Sketch of the medical history of the native army of Bombay, for the year
Year: 1875
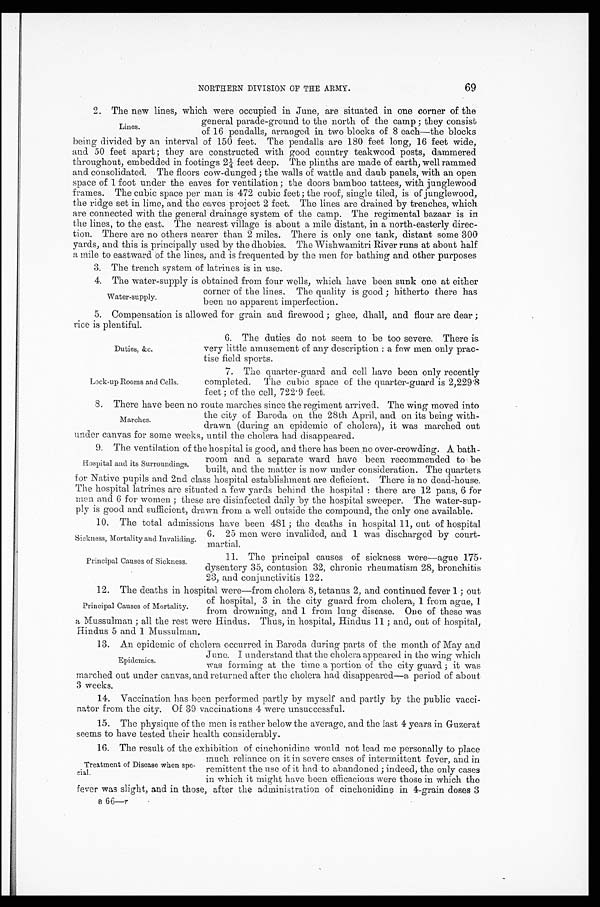
Duties, &c.
Lock-up Rooms and Cells.
NORTHERN DIVISION OF THE ARMY.
69
2. The new lines, which were occupied in June, are situated in one corner of the
general parade-ground to the north of the camp ; they consist
of 16 pendalls, arranged in two blocks of 8 each—the blocks
being divided by an interval of 150 feet. The pendalls are 180 feet long, 16 feet wide,
and 50 feet apart ; they are constructed with good country teakwood posts, dammered
throughout, embedded in footings 2¼ feet deep. The plinths are made of earth, well rammed
and consolidated. The floors cow-dunged ; the walls of wattle and daub panels, with an open
space of 1 foot under the eaves for ventilation ; the doors bamboo tattees, with junglewood
frames. The cubic space per man is 472 cubic feet ; the roof, single tiled, is of junglewood,
the ridge set in lime, and the eaves project 2 feet. The lines are drained by trenches, which
are connected with the general drainage system of the camp. The regimental bazaar is in
the lines, to the east. The nearest village is about a mile distant, in a north-easterly direc-
tion. There are no others nearer than 2 miles. There is only one tank, distant some 300
yards, and this is principally used by the dhobies. The Wishwamitri River runs at about half
a mile to eastward of the lines, and is frequented by the men for bathing and other purposes
3. The trench system of latrines is in use.
4 . T h e w a t e r - s u p p l y i s o b t a i n e d f r o m f o u r w e l l s , w h i c h h a v e b e e n s u n k o n e a t e i t h e r
corner of the lines. The quality is good ; hitherto there has
been no apparent imperfection.
5. Compensation is allowed for grain and firewood ; ghee, dhall, and flour are dear ;
rice is plentiful.
Lines.
Water-supply.
6. The duties do not seem to be too severe. There is
very little amusement of any description : a few men only prac
-tise field sports.
7. The quarter-guard and cell have been only recently
completed. The cubic space of the quarter-guard is 2,229.8
feet ; of the cell, 722.9 feet.
8. There have been no route marches since the regiment arrived. The wing moved into
the city of Baroda on the 28th April, and on its being with
-drawn (during an epidemic of cholera), it was marched out
under canvas for some weeks, until the cholera had disappeared.
9. The ventilation of the hospital is good, and there has been no over-crowding. A bath
-room and a separate ward have been recommended to be
built, and the matter is now under consideration. The quarters
for Native pupils and 2nd class hospital establishment are deficient. There is no dead-house.
The hospital latrines are situated a few yards behind the hospital : there are 12 pans, 6 for
men and 6 for women ; these are disinfected daily by the hospital sweeper. The water-sup
-ply is good and sufficient, drawn from a well outside the compound, the only one available.
1 0 . T h e t o t a l a d m i s s i o n s h a v e b e e n 4 8 1 ; t h e d e a t h s i n h o s p i t a l 1 1 , o u t o f h o s p i t a l
6. 25 men were invalided, and 1 was discharged by court
-martial.
Marches.
Hospital and its Surroundings.
Sickness, Mortality and Invaliding.
Principal Causes of Sickness.
11. The principal causes of sickness were—ague 175,
dysentery 35, contusion 32, chronic rheumatism 28, bronchitis
23, and conjunctivitis 122.
12. The deaths in hospital were—from cholera 8, tetanus 2, and continued fever 1 ; out
of hospital, 3 in the city guard from cholera, 1 from ague, 1
from drowning, and 1 from lung disease. One of these was
a
; all the rest were Hindus. Thus, in hospital, Hindus 11 ; and, out of hospital,
Hindus 5 and 1 Mussulman.
13. An epidemic of cholera occurred in Baroda during parts of the month of May and
June. I understand that the cholera appeared in the wing which
was forming at the time a Portion of the city guard ; it was
marched out under canvas, and returned after the cholera had disappeared—a period of about
3 weeks.
14. Vaccination has been performed partly by myself and partly by the public vacci
-nator from the city. Of 39 vaccinations 4 were unsuccessful.
15. The physique of the men is rather below the average, and the last 4 years in Guzerat
seems to have tested their health considerably.
1 6 . T h e r e s u l t o f t h e e x h i b i t i o n o f c i n c h o n i d i n e w o u l d n o t l e a d m e p e r s o n a l l y t o p l a c e
much reliance on it in severe cases of intermittent fever, and in
remittent the use of it had to abandoned ; indeed, the only cases
in which it might have been efficacious were those in which the
fever was slight, and in those, after the administration of cinchonidine in 4-grain doses 3
B 6 6 —
r
Principal Causes of Mortality.
Epidemics.
Treatment of Disease when spe-
cial.